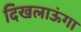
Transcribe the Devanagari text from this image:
दिखलाऊंगा